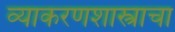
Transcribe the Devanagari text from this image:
व्याकरणशास्त्राचा